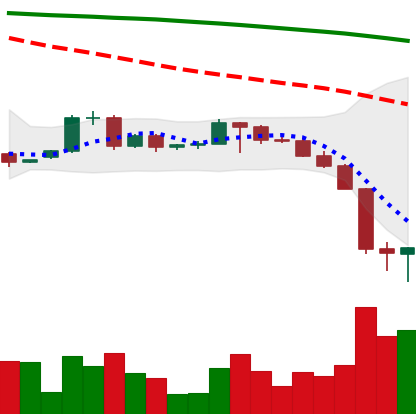
Ticker: BTC-USD
Chart end date: 2022-06-15
Forward return: -8.742%
Label: down_7plus